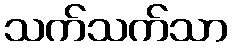
သက်သက်သာ